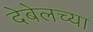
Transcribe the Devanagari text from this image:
देबेलच्या